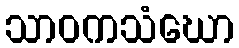
သာဝကသံဃော